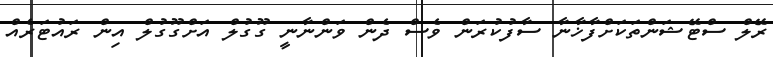
ރޭލް ސްޓޭޝަންތަކަށްފާޚާނާ ސާފުކުރަން ވެސް ދެން ވަންނާނީ ގޫގުލް އަށްގޫގުލް އިން ރައުޓަރެއް